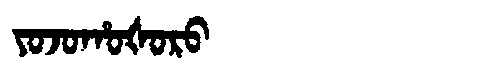
Manchu: ᠶᠣᠵᠣᡥᠣᡧᠣᡵᠣ
Romanization: YOJOHOŠORO